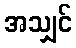
အသျှင်